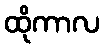
ထိုကာလ